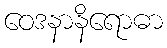
ဝေဒနာနိရောဓာ